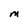
Character: M